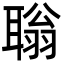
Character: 聬